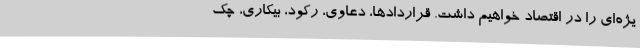
یژه‌ای را در اقتصاد خواهیم داشت. قراردادها، دعاوی، رکود، بیکاری، چک